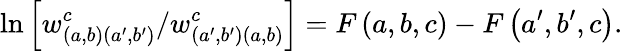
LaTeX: \ln\left[w_{\left(a,b\right)\left(a^{\prime},b^{\prime}\right)}^{c}/w_{\left(a^{\prime},b^{\prime}\right)\left(a,b\right)}^{c}\right]=F\left(a,b,c\right)-F\left(a^{\prime},b^{\prime},c\right).